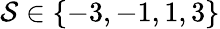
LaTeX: \mathcal{S}\in\{ -3,-1,1,3\}